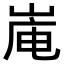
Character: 𪨿